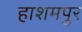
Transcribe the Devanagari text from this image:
हाशमपुर